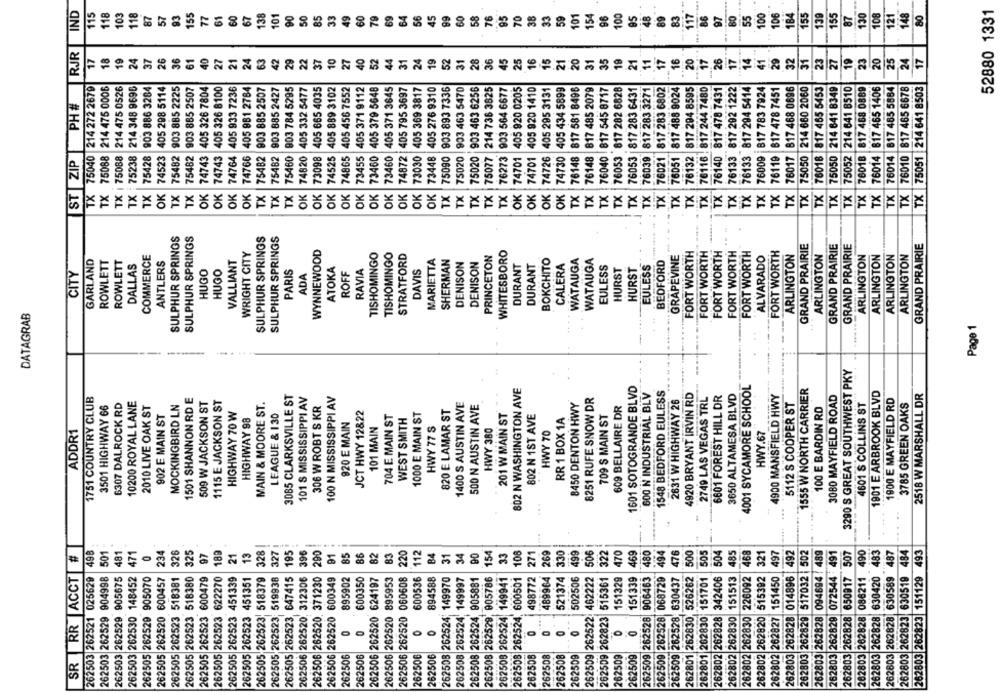
IND
115
118
118
87
57
93
61
60
67
138
154
100
100
139
155
130
108
121
148
80
52880 1331
103
155
77
101
90
50
85
33
49
60
79
69
64
56
45
99
60
58
76
95
70
38
33
59
101
96
89
83
17
86
55
106
87
..
PH# RJR
45
19
24
37
26
36
61
40
31
24
19
52
31
28
36
25
16
15
21
20
31
35
19
21
11
17
16
20
17
26
17
14
41
29
32
31
23
27
19
23
20
25
24
17
TX 75040 214 272 2679
75088 214 475 0006
214 475 0526
214 348 9696
903 886 3284
405 298 5114
903 885 2225
903 885 2507
405 326 7804
405 326 8100
405 933 7236
405 881 2784
903 885 2507
903 885 2427
903 784 5295
405 332 5477
405 665 4035
405 889 3102
405 456 7552
405 371 9112
405 379 5648
405 371 3645
405 795 3697
405 369 3817
405 276 9310
903 893 7336
903 463 5470
903 463 6256
214 736 3825
903 564 6677
405 920 0205
405 920 1410
405 295 3131
405 434 5899
817 581 8496
B17 485 2079
76040 817 545 8717
76053 817 282 6828
76053 |817 283 6431
76039 817 283 3271
817 283 6802
817 488 9024
76132 817 294 8595
76116 . 817 244 7480
76140 817 478 7431
76133 817 292 1222
76133 817 294 5414
76009 817 783 7924
76119 817 478 7451
B17 468 0696
75050 214 660 2060
76018 817 465 5453
214 641 8349
75052 214 641 8510
76018 817 468 0889
817 465 1406
76014 817 485 5884
76010 817 465 6678
TX |75051 214 641 8503
ST ZIP
TX | 75088
75238
75428
74523
75482
75482
74743
74764
74766
75482
75482
75460
74820
73098
74525
74865
73455
73460
73460
74872
73030
73448
75090
75020
75020
75077
76273
74701
74701
74726
74730
76148
76148
76021
76051
76017
75050
76014
1X
OK
OK
TX
OK
TX
TX
OK
OK
OK
OK
TX
TX
TX
TX
TX
TX
TX
TX
TX
TX
TX
TX
TX
TX
TX
TX
OK
OK
OK
TX
OK
OK
OK
OK
OK
OK
OK
OK
OK
TX
TX
TX
TX
TX
TX
TX
TX
TX
SULPHUR SPRINGS
SULPHUR SPRINGS
SULPHUR SPRINGS
SULPHUR SPRINGS
WYNNEWOOD
GRAND PRAIRIE
GRAND PRAIRIE
GRAND PRAIRIE
GRAND PRAIRIE
COMMERCE
WRIGHT CITY
TISHOMINGO
TISHOMINGO
STRATFORD
PRINCETON
WHITESBORO
GRAPEVINE
FORT WORTH
FORT WORTH
FORT WORTH
FORT WORTH
FORT WORTH
ALVARADO
FORT WORTH
ARLINGTON
ARLINGTON
ARLINGTON
ARLINGTON
ARLINGTON
ARLINGTON
GARLAND
ROWLETT
ROWLETT
ANTLERS
VALLIANT
MARIETTA
SHERMAN
DENISON
DENISON
BOKCHITO
CALERA
WATAUGA
WATAUGA
BEDFORD
DALLAS
HUGO
HUGO
PARIS
ATOKA
RAVIA
DAVIS
DURANT
DURANT
EULESS
HURST
HURST
EULESS
CITY
ADA
ROFF
DATAGRAB
.....
Page 1
3290 S GREAT SOUTHWEST PKY
802 N WASHINGTON AVE
1601 SOTOGRANDE BLVD
4001 SYCAMORE SCHOOL
1555 W NORTH CARRIER
3085 CLARKSVILLE ST
600 N INDUSTRIAL BLV
1548 BEDFORD EULESS
4920 BRYANT IRVIN RD
6601 FOREST HILL DR
3650 ALTAMESA BLVD
4900 MANSFIELD HWY
3080 MAYFIELD ROAD
1901 E ARBROOK BLVD
2518 W MARSHALL DR
1751 COUNTRY CLUB
10200 ROYAL LANE
1501 SHANNON RD E
509 W JACKSON ST
1115 E JACKSON ST
101 S MISSISSIPPI AV
100 N MISSISSIPPI AV
1400 S AUSTIN AVE
8450 DENTON HWY
8251 RUFE SNOW DR
2631 W HIGHWAY 26
2749 LAS VEGAS TRL
1900 E MAYFIELD RD
3501 HIGHWAY 66
6307 DALROCK RD
2010 LIVE OAK ST
MOCKINGBIRD LN
MAIN & MOORE ST.
306 W ROBT S KR
820 E LAMAR ST
500 N AUSTIN AVE
609 BELLAIRE DR
5112 S COOPER ST
100 E BARDIN RD
4601 S COLLINS ST
3785 GREEN OAKS
902 E MAIN ST
HIGHWAY 70 W
LEAGUE & 130
JCT HWY 12822
704 E MAIN ST
1000 E MAIN ST
201 W MAIN ST
802 N 1ST AVE
709 S MAIN ST
HIGHWAY 98
920 E MAIN
WEST SMITH
RR 1 BOX 1A
101 MAIN
HWY 77 S
HWY 380
ADDR1
HWY 70
HWY.67
...
498
501
481
471
0
234
326
325
97
189
21
13
328
195
91
85
86
82
83
112
31
34
154
33
108
271
269
330
499
506
322
470
469
480
494
476
500
505
504
485
468
321
497
492
262803 262829 517032 |502
094694 / 489
072544 491
262803 262828 650917 507
262803 262828 086211 490
630420 483
630589 487
262803 262823 630519 484
262803 262823 151129 493
#
515392
014896
SR RR ACCT
262503 262521 025629
262503 262529 904998
262503 262529 905675
262503 262530 148452
262505 262529 905070
262505 262520 600457
262505 262523 518381
262505 262523 518380
262505 262523 600479
262505 262523 622270
262505 262523 451339
262505 262523 451351
262505 262523, 518379
262505 262523; 519938
647415
262506 262520. 312306
262506 262520. 371230
600349
895902
600350
262506 262520 624197
262506 262520 895953
262506 262520 060608
600536
894588
262508 262524; 149970
262508 262524 149997
262508 262524 905881
262508 262529, 005786
262508 262524 149941
600501
498772
521374
502506
151329
151339
906463
068729
262509 262528, 630437
262801 262830, 526262
151701
262802 262828 342406
262802 262830 151513
226092
262802 262827 151450
262505 262523
262506 262520
262508 262524
262801 262830
262803 262828
262803 262828
262803 262828
262509 262528
262509 262528
262802 262830
262802 262820
262803 262829
262803 262828
0
262506
262506
262506
262506
262506
262508
262508
262509
262509
262509